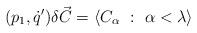
LaTeX: \begin{align*} (p_1, \dot{q}') \delta \vec{C}=\langle C_\alpha \ : \ \alpha < \lambda \rangle\end{align*}